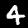
Label: 4